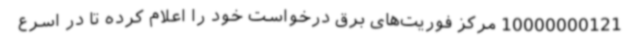
10000000121 مرکز فوریت‌های برق درخواست خود را اعلام کرده تا در اسرع